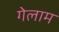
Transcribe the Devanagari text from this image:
गेलाम